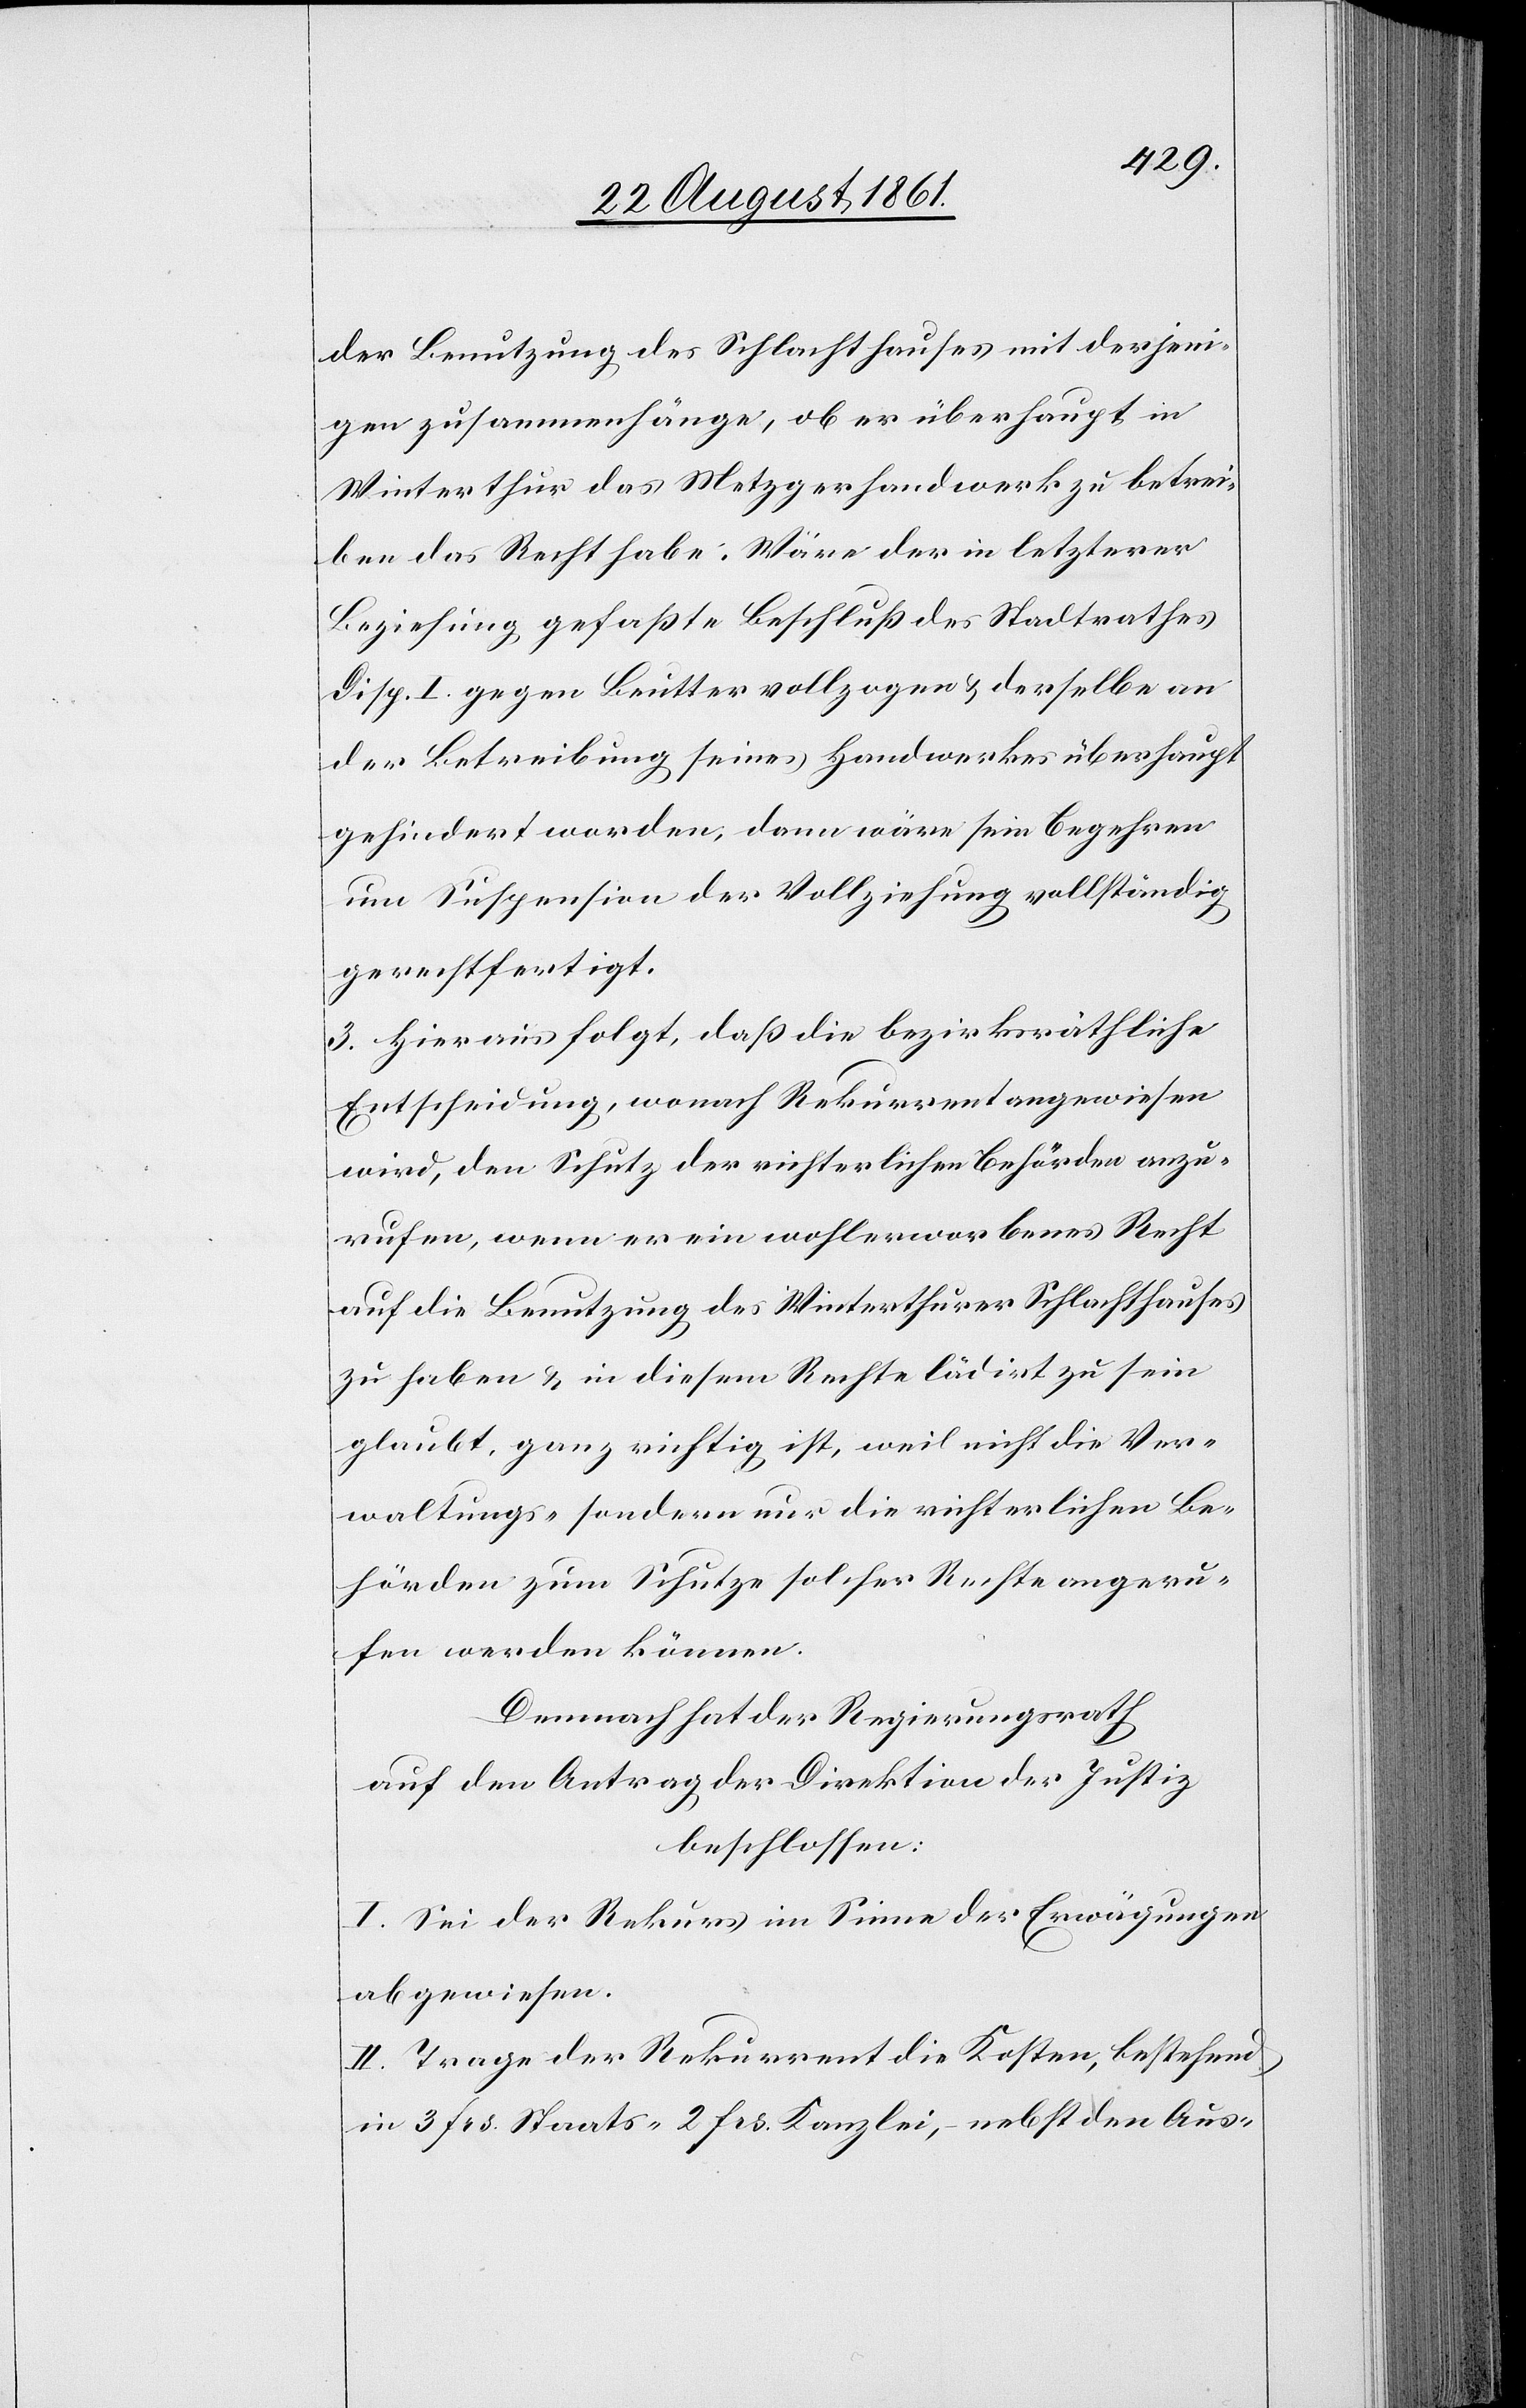
der Benutzung des Schlachthauses mit derjeni¬
gen zusammenhänge, ob er überhaupt in
Winterthur das Metzghandwerk zu betrei¬
ben das Recht habe. Wäre der in letzterer
Beziehung gefaßte Beschluß des Stadtrathes
Disp. I gegen Beutter vollzogen u. derselbe an
der Betreibung seines Handwerkes überhaupt
gehindert worden, dann wäre sein Begehren
um Suspension der Vollziehung vollständig
gerechtfertigt.
3. Hieraus folgt, daß die bezirksräthliche
Entscheidung, wonach Rekurrent angewiesen
wird, den Schutz der richterlichen Behörden anzu¬
rufen, wenn er ein wohlerworbenes Recht
auf die Benutzung des Winterthurer Schlachthauses
zu haben u. in diesem Rechte lädirt zu sein
glaubt, ganz richtig ist, weil nicht die Ver¬
waltungs- sondern nur die richterlichen Be¬
hörden zum Schutze solcher Rechte angeru¬
fen werden können.
Demnach hat der Regierungsrath
auf den Antrag der Direktion der Justiz
beschlossen:
I. Sei der Rekurs im Sinne der Erwägungen
abgewiesen.
II. Trage der Rekurrent die Kosten, bestehend
in 3 frs. Staats- 2 frs Kanzlei, – nebst den Aus-